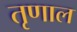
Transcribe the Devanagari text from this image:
तृणाल